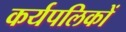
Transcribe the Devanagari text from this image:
कर्यपलिकों